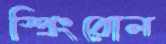
স্প্রিংরোল